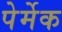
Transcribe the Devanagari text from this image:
पेर्मेक